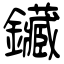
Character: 鑶